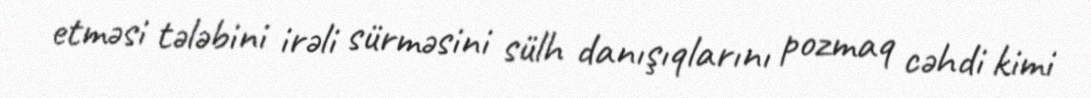
etməsi tələbini irəli sürməsini sülh danışıqlarını pozmaq cəhdi kimi